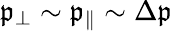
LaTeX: \mathfrak{p}_{\perp}\sim\mathfrak{p}_{\| }\sim\Delta\mathfrak{p}